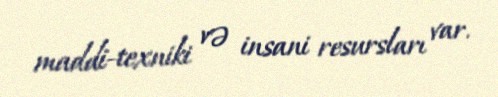
maddi-texniki və insani resursları var.